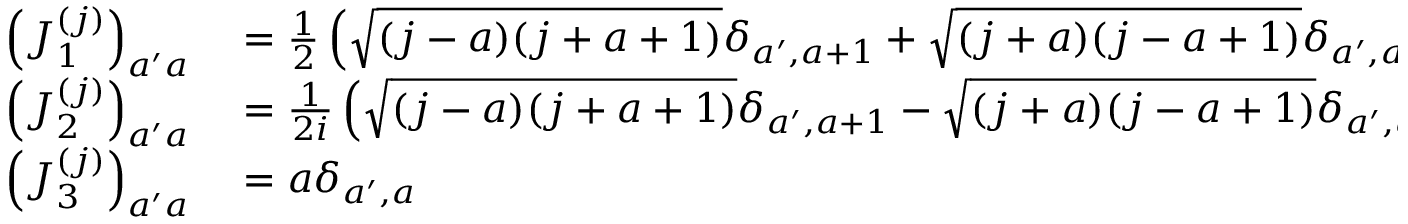
\begin{array} { r l } { \left( J _ { 1 } ^ { ( j ) } \right) _ { a ^ { \prime } a } } & { { } = { \frac { 1 } { 2 } } \left( { \sqrt { ( j - a ) ( j + a + 1 ) } } \delta _ { a ^ { \prime } , a + 1 } + { \sqrt { ( j + a ) ( j - a + 1 ) } } \delta _ { a ^ { \prime } , a - 1 } \right) } \\ { \left( J _ { 2 } ^ { ( j ) } \right) _ { a ^ { \prime } a } } & { { } = { \frac { 1 } { 2 i } } \left( { \sqrt { ( j - a ) ( j + a + 1 ) } } \delta _ { a ^ { \prime } , a + 1 } - { \sqrt { ( j + a ) ( j - a + 1 ) } } \delta _ { a ^ { \prime } , a - 1 } \right) } \\ { \left( J _ { 3 } ^ { ( j ) } \right) _ { a ^ { \prime } a } } & { { } = a \delta _ { a ^ { \prime } , a } } \end{array}